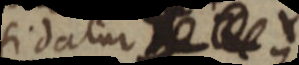
sidatur